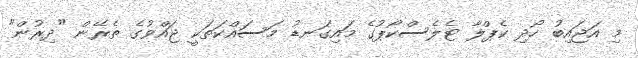
މި އަޖައިބު ހޯދި ކެޕްލާ ޓެލެސްކޯޕުގެ މައިގަނޑު މަސައްކަތަކީ ޖައްވުގެ ތެރޭން "ދިރުން"